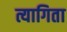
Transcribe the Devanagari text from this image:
त्यागिता